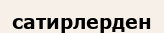
сатирлерден